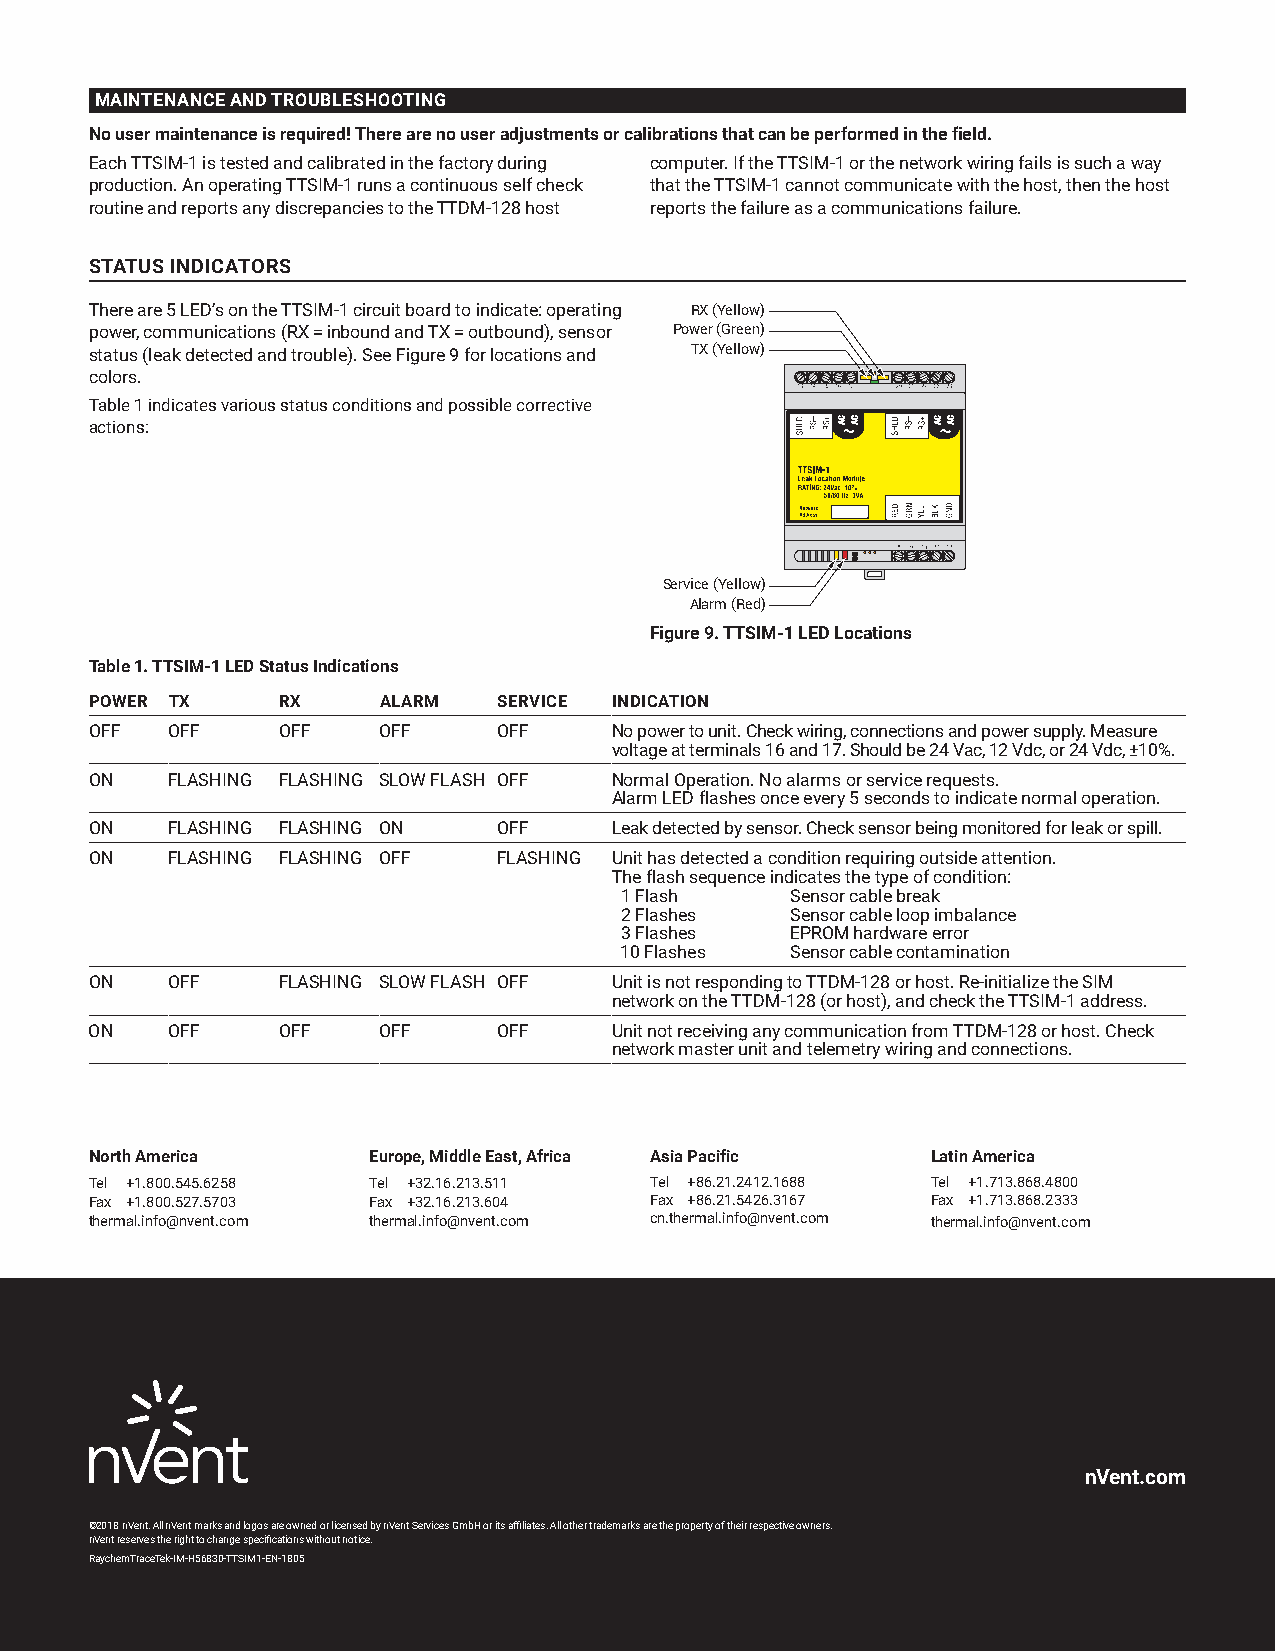
MAINTENANCE AND TROUBLESHOOTING
 No user maintenance is required! There are no user adjustments or calibrations that can be performed in the field.
 Each TTSIM-1 is tested and calibrated in the factory during computer. If the TTSIM-1 or the network wiring fails is such a way
 production. An operating TTSIM-1 runs a continuous self check that the TTSIM-1 cannot communicate with the host, then the host
 routine and reports any discrepancies to the TTDM-128 host reports the failure as a communications failure.
 STATUS INDICATORS
 There are 5 LED’s on the TTSIM-1 circuit board to indicate: operating RX (Yellow)
 power, communications (RX = inbound and TX = outbound), sensor Power (Green)
 status (leak detected and trouble). See Figure 9 for locations and TX (Yellow)
 colors.
 Table 1 indicates various status conditions and possible corrective
 actions:
 Service (Yellow)
 Alarm (Red)
 Figure 9. TTSIM-1 LED Locations
 Table 1. TTSIM-1 LED Status Indications
 POWER TX    RX     ALARM   SERVICE INDICATION
 OFF  OFF    OFF    OFF     OFF    No power to unit. Check wiring, connections and power supply. Measure
 voltage at terminals 16 and 17. Should be 24 Vac, 12 Vdc, or 24 Vdc, ±10%.
 ON   FLASHING FLASHING SLOW FLASH OFF Normal Operation. No alarms or service requests.
 Alarm LED flashes once every 5 seconds to indicate normal o peration.
 ON   FLASHING FLASHING ON  OFF    Leak detected by sensor. Check sensor being monitored for leak or spill.
 ON   FLASHING FLASHING OFF FLASHING Unit has detected a condition requiring outside attention.
 The flash sequence indicates the type of condition:
 1 Flash    Sensor cable break
 2 Flashes  Sensor cable loop imbalance
 3 Flashes  EPROM hardware error
 10 Flashes Sensor cable contamination
 ON   OFF    FLASHING SLOW FLASH OFF Unit is not responding to TTDM-128 or host. Re-initialize the SIM
 network on the TTDM-128 (or host), and check the TTSIM-1 address.
 ON   OFF    OFF    OFF     OFF    Unit not receiving any communication from TTDM-128 or host. Check
 network master unit and telemetry wiring and connections.
 North America     Europe, Middle East, Africa Asia Pacific Latin America
 Tel +1.800.545.6258 Tel +32.16.213.511 Tel +86.21.2412.1688 Tel +1.713.868.4800
 Fax +1.800.527.5703 Fax +32.16.213.604 Fax +86.21.5426.3167 Fax +1.713.868.2333
 thermal.info@nvent.com thermal.info@nvent.com cn.thermal.info@nvent.com thermal.info@nvent.com
 nVent.com
 ©2018 nVent. All nVent marks and logos are owned or licensed by nVent Services GmbH or its affiliates. All other trademarks are the property of their respective owners.
 nVent reserves the right to change specifications without notice.
 RaychemTraceTek-IM-H56830-TTSIM1-EN-1805